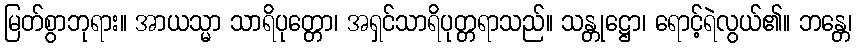
မြတ်စွာဘုရား။ အာယသ္မာ သာရိပုတ္တော၊ အရှင်သာရိပုတ္တရာသည်။ သန္တုဋ္ဌော၊ ရောင့်ရဲလွယ်၏။ ဘန္တေ၊